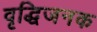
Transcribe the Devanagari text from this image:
वृद्धिजनक